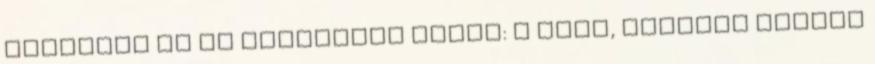
Ajánljon Ön is véleményt duzur: A régi, szigorú szülök